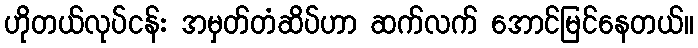
ဟိုတယ်လုပ်ငန်း အမှတ်တံဆိပ်ဟာ ဆက်လက် အောင်မြင်နေတယ်။